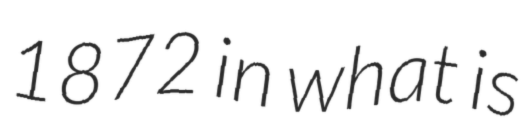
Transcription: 1872 in what is